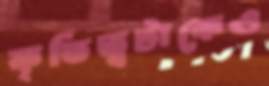
কৃতিত্বটাকেও